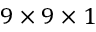
9 \times 9 \times 1